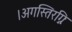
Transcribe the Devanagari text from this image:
।अगस्तिरग्निः